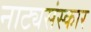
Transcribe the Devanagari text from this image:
नाट्यसंस्कार